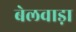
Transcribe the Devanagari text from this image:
बेलवाड़ा